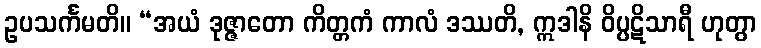
ဥပသင်္ကမတိ။ “အယံ ဒုဇ္ဇာတော ကိတ္တကံ ကာလံ ဒဿတိ, ဣဒါနိ ဝိပ္ပဋိသာရီ ဟုတွာ